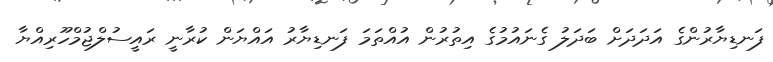
ފަނޑިޔާރުންގެ އަދަދަށް ބަދަލު ގެނައުމުގެ އިތުރުން އުއްތަމަ ފަނޑިޔާރު އައްޔަން ކުރާނީ ރައީސުލްޖުމްހޫރިއްޔާ